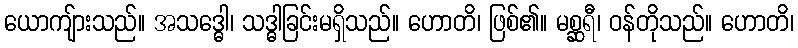
ယောကျ်ားသည်။ အသဒ္ဓေါ၊ သဒ္ဓါခြင်းမရှိသည်။ ဟောတိ၊ ဖြစ်၏။ မစ္ဆရီ၊ ဝန်တိုသည်။ ဟောတိ၊